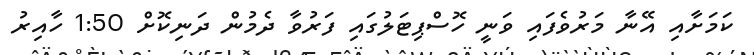
ކަމަށާއި އޭނާ މަރުވެފައި ވަނީ ހޮސްޕިޓަލުގައި ފަރުވާ ދެމުން ދަނިކޮށް 1:50 ހާއިރު